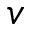
v